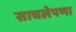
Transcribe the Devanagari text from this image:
साचलेपणा